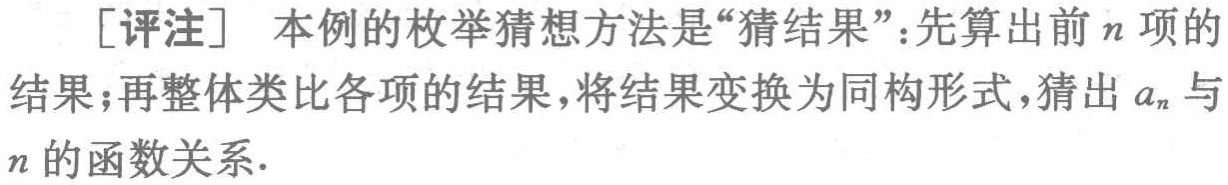
[评注] 本例的枚举猜想方法是“猜结果”：先算出前\(n\)项的结果；再整体类比各项的结果，将结果变换为同构形式，猜出\(a_{n}\)与\(n\)的函数关系.